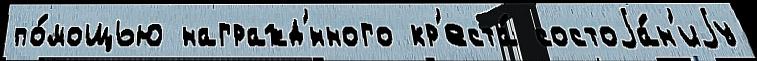
по́мощью награжд'́нного кр'еста́ состоjа́н'иjу